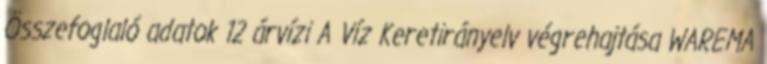
Összefoglaló adatok 12 árvízi A Víz Keretirányelv végrehajtása WAREMA